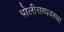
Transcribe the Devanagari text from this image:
पोलीसव्यवस्था